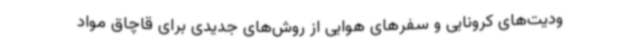
ودیت‌های کرونایی و سفرهای‌ هوایی از روش‌های جدیدی برای قاچاق مواد